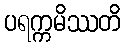
ပရက္ကမိဿတိ